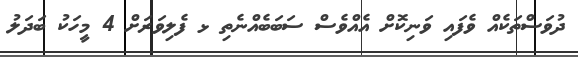
ދުވަސްތަކެއް ވެފައި ވަނިކޮށް އެއްވެސް ސަބަބެއްނެތި ޅ ފެލިވަރަށް 4 މީހަކު ބަދަލު